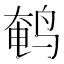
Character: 鹌